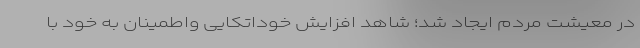
در معیشت مردم ایجاد شد؛ شاهد افزایش خوداتکایی واطمینان به خود با